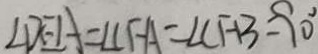
\angle D E A = \angle C F A = \angle C F B = 9 0 ^ { \circ }